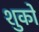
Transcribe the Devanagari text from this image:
शुको